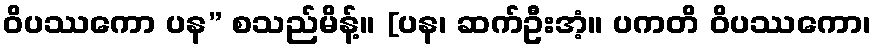
ဝိပဿကော ပန” စသည်မိန့်။ [ပန၊ ဆက်ဦးအံ့။ ပကတိ ဝိပဿကော၊